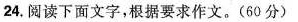
24.阅读下面文字，根据要求作文。(60分)